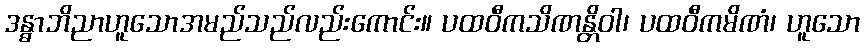
ဒန္ဓာဘိညာဟူသောအမည်သည်လည်းကောင်း။ ပထဝီကသိဏန္တိဝါ၊ ပထဝီကမိဏံ၊ ဟူသော